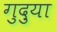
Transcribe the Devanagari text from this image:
गुदुया